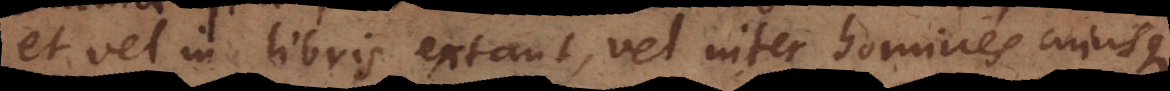
et vel in libris extant, vel inter homines cujusque